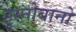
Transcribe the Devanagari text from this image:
हुस्नोबानो